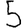
Digit: 5